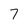
Character: 7